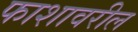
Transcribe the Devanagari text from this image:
फाशावरील